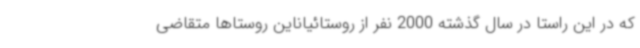
که در این راستا در سال گذشته 2000 نفر از روستائیاناین روستاها متقاضی